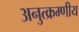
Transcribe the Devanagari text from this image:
अनुत्क्रम्णीय